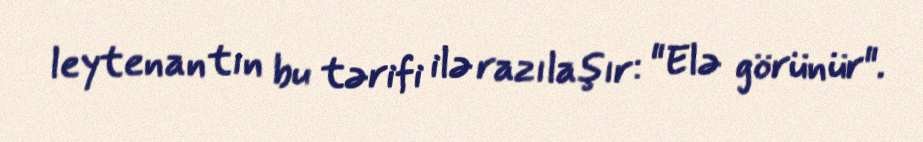
leytenantın bu tərifi ilə razılaşır: "Elə görünür".